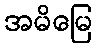
အမိမြေ